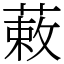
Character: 䔩